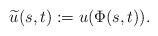
LaTeX: \begin{align*}\widetilde u(s,t):= u(\Phi(s,t)).\end{align*}